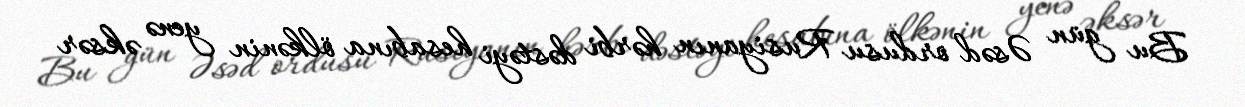
Bu gün Əsəd ordusu Rusiyanın hərbi dəstəyi hesabına ölkənin yenə əksər